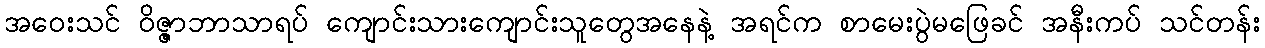
အဝေးသင် ဝိဇ္ဇာဘာသာရပ် ကျောင်းသားကျောင်းသူတွေအနေနဲ့ အရင်က စာမေးပွဲမဖြေခင် အနီးကပ် သင်တန်း